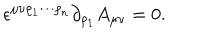
LaTeX: \epsilon ^ { \mu \nu \rho _ { 1 } \cdots \rho _ { n } } \partial _ { \rho _ { 1 } } A _ { \mu \nu } = 0 .